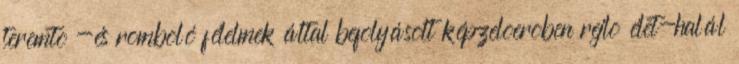
teremtõ -és romboló félelmek által befolyásolt képzelõerõben rejlõ élet-halál